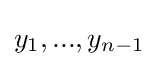
y_{1},...,y_{n-1}